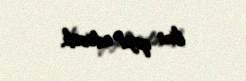
ilini qeyd edəcək.